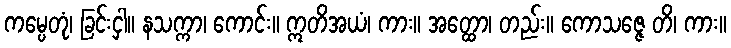
ကမ္ပေတုံ၊ ခြင်းငှါ။ နသက္ကာ၊ ကောင်း။ ဣတိအယံ၊ ကား။ အတ္ထော၊ တည်း။ ကောသဇ္ဇေ တိ၊ ကား။